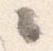
々